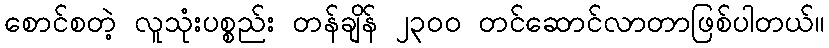
စောင်စတဲ့ လူသုံးပစ္စည်း တန်ချိန် ၂၃၀၀ တင်ဆောင်လာတာဖြစ်ပါတယ်။